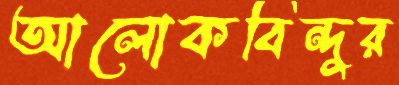
আলোকবিন্দুর